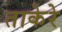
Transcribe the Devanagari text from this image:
ताकेरे